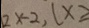
2 x - 2 , ( x \geqslant